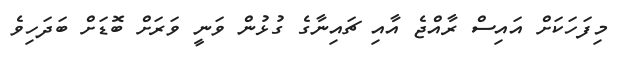
މިފަހަކަށް އައިސް ރާއްޖެ އާއި ޗައިނާގެ ގުޅުން ވަނީ ވަރަށް ބޮޑަށް ބަދަހިވެ